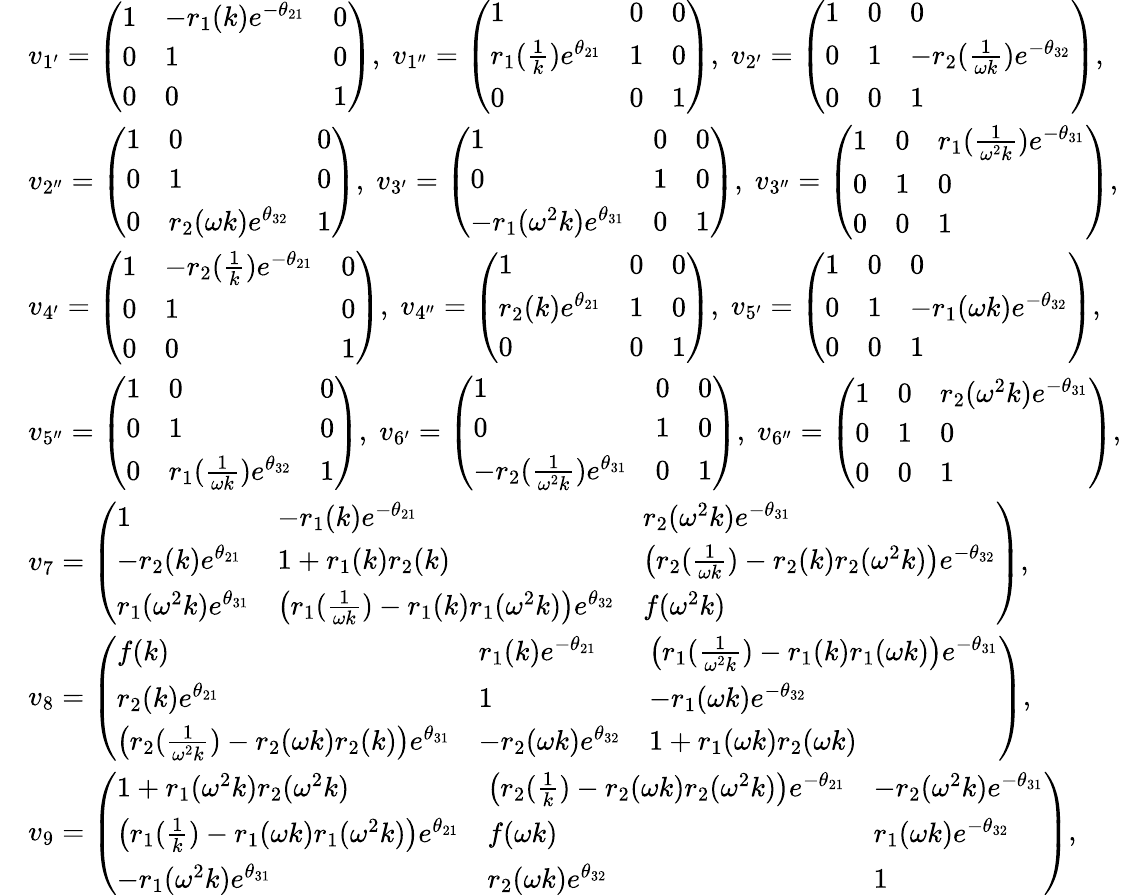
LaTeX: \begin{array}{rl}&{v_{1^{\prime}}=\left(\begin{array}{lll}{1}&{-r_{1}(k)e^{-\theta_{21}}}&{0}\\ {0}&{1}&{0}\\ {0}&{0}&{1}\end{array}\right),\; v_{1^{\prime\prime}}=\left(\begin{array}{lll}{1}&{0}&{0}\\ {r_{1}(\frac{1}{k})e^{\theta_{21}}}&{1}&{0}\\ {0}&{0}&{1}\end{array}\right),\; v_{2^{\prime}}=\left(\begin{array}{lll}{1}&{0}&{0}\\ {0}&{1}&{-r_{2}(\frac{1}{\omega k})e^{-\theta_{32}}}\\ {0}&{0}&{1}\end{array}\right),}\\ &{v_{2^{\prime\prime}}=\left(\begin{array}{lll}{1}&{0}&{0}\\ {0}&{1}&{0}\\ {0}&{r_{2}(\omega k)e^{\theta_{32}}}&{1}\end{array}\right),\; v_{3^{\prime}}=\left(\begin{array}{lll}{1}&{0}&{0}\\ {0}&{1}&{0}\\ {-r_{1}(\omega^{2}k)e^{\theta_{31}}}&{0}&{1}\end{array}\right),\; v_{3^{\prime\prime}}=\left(\begin{array}{lll}{1}&{0}&{r_{1}(\frac{1}{\omega^{2}k})e^{-\theta_{31}}}\\ {0}&{1}&{0}\\ {0}&{0}&{1}\end{array}\right),}\\ &{v_{4^{\prime}}=\left(\begin{array}{lll}{1}&{-r_{2}(\frac{1}{k})e^{-\theta_{21}}}&{0}\\ {0}&{1}&{0}\\ {0}&{0}&{1}\end{array}\right),\; v_{4^{\prime\prime}}=\left(\begin{array}{lll}{1}&{0}&{0}\\ {r_{2}(k)e^{\theta_{21}}}&{1}&{0}\\ {0}&{0}&{1}\end{array}\right),\; v_{5^{\prime}}=\left(\begin{array}{lll}{1}&{0}&{0}\\ {0}&{1}&{-r_{1}(\omega k)e^{-\theta_{32}}}\\ {0}&{0}&{1}\end{array}\right),}\\ &{v_{5^{\prime\prime}}=\left(\begin{array}{lll}{1}&{0}&{0}\\ {0}&{1}&{0}\\ {0}&{r_{1}(\frac{1}{\omega k})e^{\theta_{32}}}&{1}\end{array}\right),\; v_{6^{\prime}}=\left(\begin{array}{lll}{1}&{0}&{0}\\ {0}&{1}&{0}\\ {-r_{2}(\frac{1}{\omega^{2}k})e^{\theta_{31}}}&{0}&{1}\end{array}\right),\; v_{6^{\prime\prime}}=\left(\begin{array}{lll}{1}&{0}&{r_{2}(\omega^{2}k)e^{-\theta_{31}}}\\ {0}&{1}&{0}\\ {0}&{0}&{1}\end{array}\right),}\\ &{v_{7}=\left(\begin{array}{lll}{1}&{-r_{1}(k)e^{-\theta_{21}}}&{r_{2}(\omega^{2}k)e^{-\theta_{31}}}\\ {-r_{2}(k)e^{\theta_{21}}}&{1+r_{1}(k)r_{2}(k)}&{\big(r_{2}(\frac{1}{\omega k})-r_{2}(k)r_{2}(\omega^{2}k)\big)e^{-\theta_{32}}}\\ {r_{1}(\omega^{2}k)e^{\theta_{31}}}&{\big(r_{1}(\frac{1}{\omega k})-r_{1}(k)r_{1}(\omega^{2}k)\big)e^{\theta_{32}}}&{f(\omega^{2}k)}\end{array}\right),}\\ &{v_{8}=\left(\begin{array}{lll}{f(k)}&{r_{1}(k)e^{-\theta_{21}}}&{\big(r_{1}(\frac{1}{\omega^{2}k})-r_{1}(k)r_{1}(\omega k)\big)e^{-\theta_{31}}}\\ {r_{2}(k)e^{\theta_{21}}}&{1}&{-r_{1}(\omega k)e^{-\theta_{32}}}\\ {\big(r_{2}(\frac{1}{\omega^{2}k})-r_{2}(\omega k)r_{2}(k)\big)e^{\theta_{31}}}&{-r_{2}(\omega k)e^{\theta_{32}}}&{1+r_{1}(\omega k)r_{2}(\omega k)}\end{array}\right),}\\ &{v_{9}=\left(\begin{array}{lll}{1+r_{1}(\omega^{2}k)r_{2}(\omega^{2}k)}&{\big(r_{2}(\frac{1}{k})-r_{2}(\omega k)r_{2}(\omega^{2}k)\big)e^{-\theta_{21}}}&{-r_{2}(\omega^{2}k)e^{-\theta_{31}}}\\ {\big(r_{1}(\frac{1}{k})-r_{1}(\omega k)r_{1}(\omega^{2}k)\big)e^{\theta_{21}}}&{f(\omega k)}&{r_{1}(\omega k)e^{-\theta_{32}}}\\ {-r_{1}(\omega^{2}k)e^{\theta_{31}}}&{r_{2}(\omega k)e^{\theta_{32}}}&{1}\end{array}\right),}\end{array}